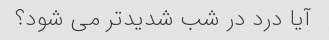
آیا درد در شب شدیدتر می شود؟